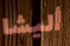
أليشا